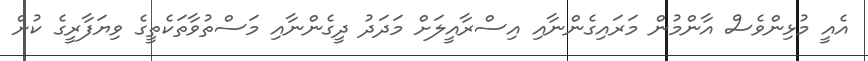
އެއީ މުޅިންވެސް އާންމުން މަރައިގެންނާއި އިސްރާއީލަށް މަދަދު ދީގެންނާއި މަސްތުވާތަކެތީގެ ވިޔަފާރީގެ ކުށް